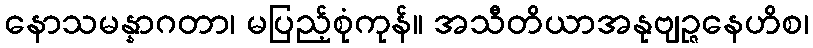
နောသမန္နာဂတာ၊ မပြည့်စုံကုန်။ အသီတိယာအနုဗျဉ္ဇနေဟိစ၊